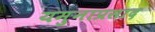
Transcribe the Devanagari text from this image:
यमुनाप्रसाद